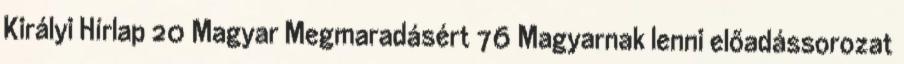
Királyi Hírlap 20 Magyar Megmaradásért 76 Magyarnak lenni előadássorozat